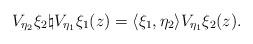
LaTeX: \begin{align*} V_{\eta_2}\xi_2\natural V_{\eta_1}\xi_1(z)=\langle \xi_1,\eta_2\rangle V_{\eta_1}\xi_2(z) .\end{align*}